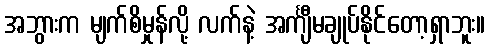
အဘွားက မျက်စိမှုန်လို့ လက်နဲ့ အင်္ကျီမချုပ်နိုင်တော့ရှာဘူး။